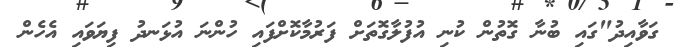
ގަވާއިދު"ގައި ބުނާ ގޮތުން ކުނި އުފުލާގޮތަށް ފަރުމާކޮށްފައި ހުންނަ އުޅަނދު ފިޔަވައި އެހެން